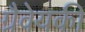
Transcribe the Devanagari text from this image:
ग्रैवेयकी